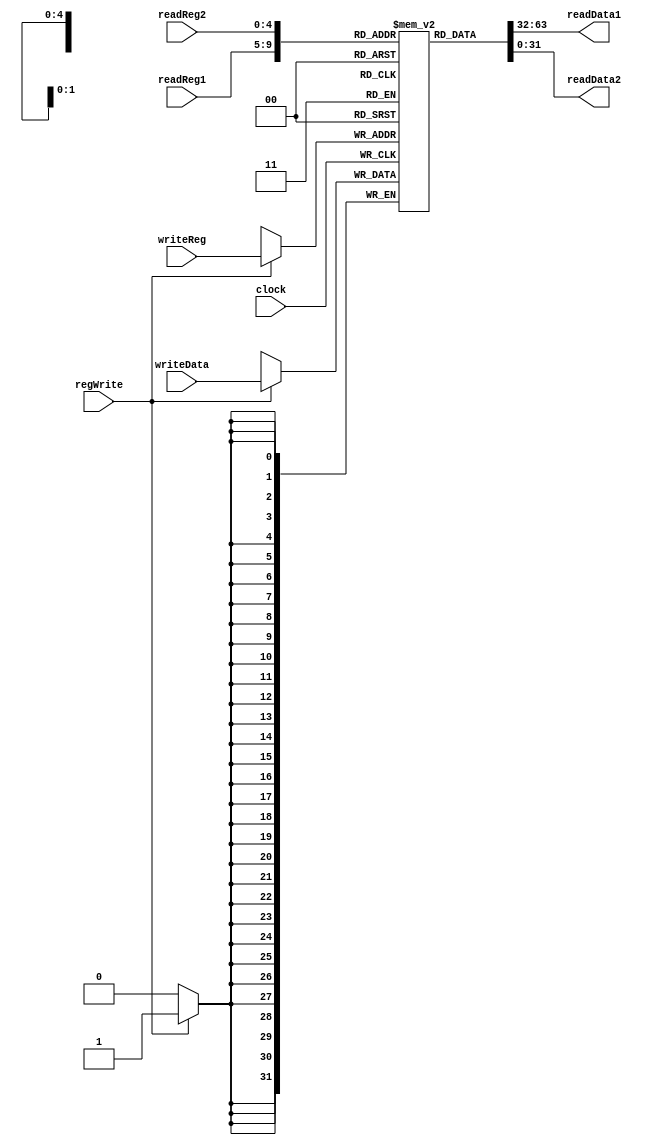
module REGBANK_banco #(parameter addr_bits=5, word_wide=32)(
	input clock,
	input regWrite,
	input [addr_bits-1:0] readReg1,
	input [addr_bits-1:0] readReg2,
	input [addr_bits-1:0] writeReg,
	input [word_wide-1:0] writeData,
	output [word_wide-1:0] readData1,
	output [word_wide-1:0] readData2
);
	/* bank_depth = 2^(addr_bits)
		el banco tiene la profundidad mxima que se puede direccionar
	*/
	localparam bank_depth = 1 << addr_bits;
	
	reg [word_wide-1:0] banco [bank_depth-1:0];
	
	assign readData1 = banco[readReg1];
	assign readData2 = banco[readReg2];
	
	always@(posedge clock) begin
		if (regWrite) begin
			banco[writeReg] = writeData;
		end
	end

endmodule